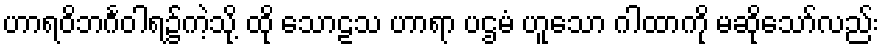
ဟာရဝိဘင်္ဂဝါရ၌ကဲ့သို့ ထို သောဠသ ဟာရာ ပဌမံ ဟူသော ဂါထာကို မဆိုသော်လည်း